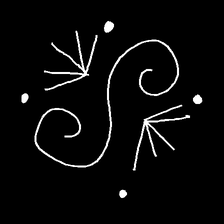
Glyph: aeroform